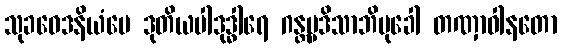
သုခဝေဒနိယံပေ ဒုတိယပါဒုဒ္ဓါရေ ဂန္တဗ္ဗဒိသာဘိမုခေါ တဏှာဝါနတော